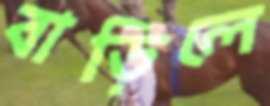
বাড়িলে